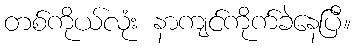
တစ်ကိုယ်လုံး နာကျင်ကိုက်ခဲနေပြီ။